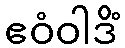
ဧဝံဝါဒိံ